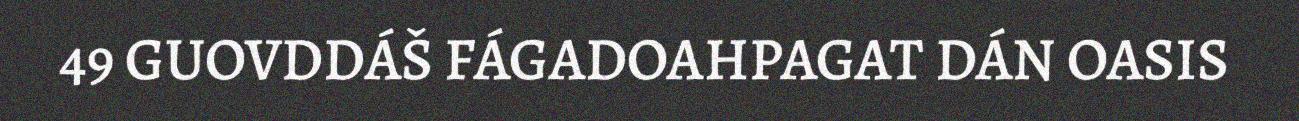
49 GUOVDDÁŠ FÁGADOAHPAGAT DÁN OASIS